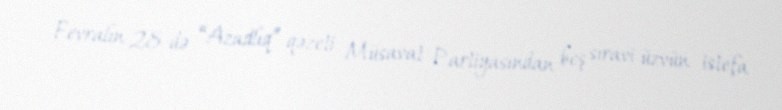
Fevralın 28-də “Azadlıq” qəzeti Müsavat Partiyasından beş sıravi üzvün istefa